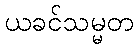
ယခင်သမ္မတ